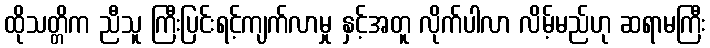
ထိုသတ္တိက ညီသူ ကြီးပြင်းရင့်ကျက်လာမှု နှင့်အတူ လိုက်ပါလာ လိမ့်မည်ဟု ဆရာမကြီး